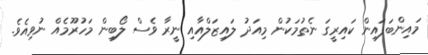
މައިންބަފައިން ކައިރީގަ ނެތުމަކުން މިއަދު ލައިޒަލްއާއި ނީރާ ވެސް ލޯބިން މަހުރޫމެއް ނުވިއެވެ.